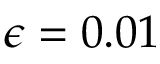
\epsilon = 0 . 0 1